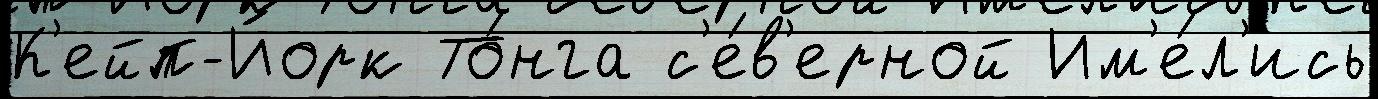
К'ейп-Йорк То́нга с'е́в'ерной Им'е́л'ись